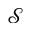
\mathcal { S }